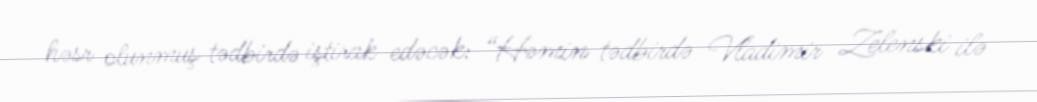
həsr olunmuş tədbirdə iştirak edəcək: “Həmin tədbirdə Vladimir Zelenski ilə